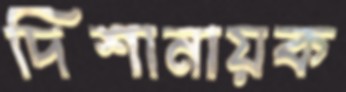
দিশানায়ক